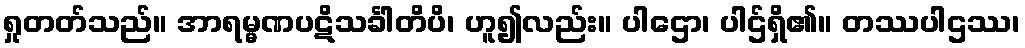
ရှုတတ်သည်။ အာရမ္မဏပဋိသင်္ခါတိပိ၊ ဟူ၍လည်း။ ပါဌော၊ ပါဌ်ရှိ၏။ တဿပါဌဿ၊